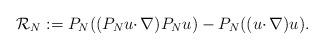
LaTeX: \begin{align*} \mathcal{R}_N:=P_N((P_Nu\cdotp\nabla)P_Nu)-P_N((u\cdotp\nabla)u). \end{align*}